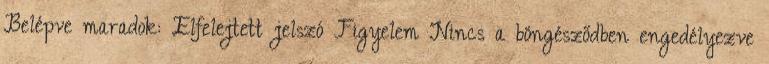
Belépve maradok: Elfelejtett jelszó Figyelem Nincs a böngésződben engedélyezve